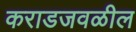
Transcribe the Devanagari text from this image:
कराडजवळील